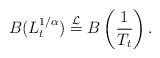
LaTeX: \begin{align*}B(L^{1/\alpha}_t) \overset{\mathcal{L}}{=} B\left( \frac{1}{T_t} \right).\end{align*}